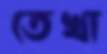
তেখা